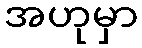
အဟုမှာ